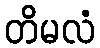
တိမလံ